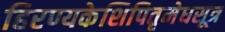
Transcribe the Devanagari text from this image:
हिरण्यकेशिपितृमेधसूत्र